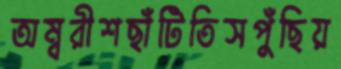
অম্বরীশছাঁটিতিসপুঁছিয়